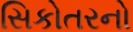
સિકોતરનો